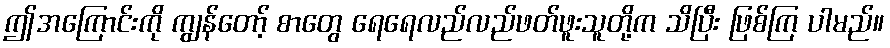
ဤအကြောင်းကို ကျွန်တော့် စာတွေ ရေရေလည်လည်ဖတ်ဖူးသူတို့က သိပြီး ဖြစ်ကြ ပါမည်။